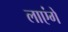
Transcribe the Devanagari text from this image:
लाएंगें